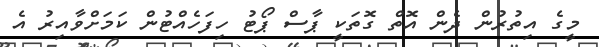
މީގެ އިތުރުން ދެން އޮތް ގޮތަކީ ޕާސް ޕޯޓު ހިފަހެއްޓުން ކަމަށްވާއިރު އެ